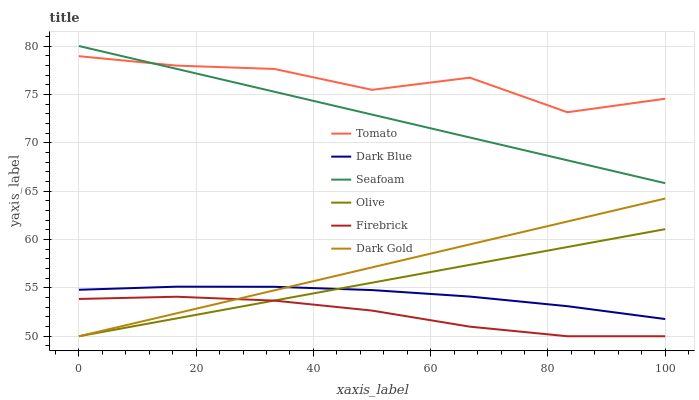
| xaxis_label | Tomato | Dark Blue | Seafoam | Olive | Firebrick | Dark Gold |
 | --- | --- | --- | --- | --- | --- | --- |
 | 0 | 78.9 | 54.8 | 80 | 50 | 53.9 | 50 |
 | 16.7 | 78 | 55.1 | 77.6 | 51.8 | 54.1 | 52.4 |
 | 33.3 | 77.6 | 55.1 | 75.3 | 53.7 | 53.7 | 54.7 |
 | 50 | 75.5 | 54.8 | 72.9 | 55.5 | 52.7 | 57.1 |
 | 66.7 | 76.7 | 54.1 | 70.5 | 57.4 | 51 | 59.5 |
 | 83.3 | 73.2 | 53.1 | 68.2 | 59.2 | 50 | 61.9 |
 | 100 | 74.6 | 51.8 | 65.8 | 61.1 | 50 | 64.2 |